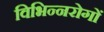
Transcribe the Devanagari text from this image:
विभिन्नरोगों